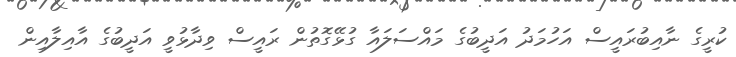
ކުރީގެ ނާއިބުރައީސް އަހުމަދު އަދީބުގެ މައްސަލައާ ގުޅޭގޮތުން ރައީސް ވިދާޅުވީ އަދީބުގެ އާއިލާއިން